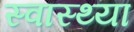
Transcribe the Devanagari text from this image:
स्‍वास्‍थ्‍या